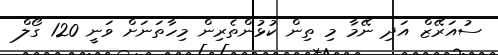
ސުއަރޭޒް އަދި ނޭމާ މި ތިން ކުޅުންތެރިން މިހާތަނަށް ވަނީ 120 ގޯލް